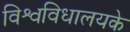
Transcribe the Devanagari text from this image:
विश्वविधालयके